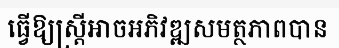
ធ្វើឱ្យស្ត្រីអាចអភិវឌ្ឍសមត្ថភាពបាន